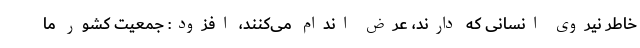
خاطر نیروی انسانی که دارند، عرض اندام می‌کنند، افزود: جمعیت کشور ما